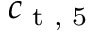
c _ { \textup { t , 5 } }